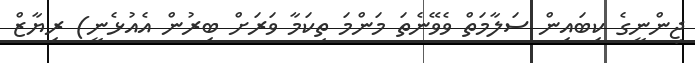
ޖިންނީގެ ކިބައިން ސަލާމަތް ވެވޭނެތަ މަންމަ ތިކަމާ ވަރަށް ބިރުން އެއުޅެނީ) ރިޔާޒް